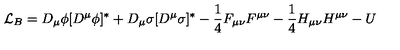
{ \cal L } _ { B } = D _ { \mu } \phi [ D ^ { \mu } \phi ] ^ { * } + D _ { \mu } \sigma [ D ^ { \mu } \sigma ] ^ { * } - \frac { 1 } { 4 } F _ { \mu \nu } F ^ { \mu \nu } - \frac { 1 } { 4 } H _ { \mu \nu } H ^ { \mu \nu } - U